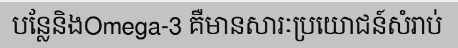
បន្លែនិងOmega-3 គឺមានសារៈប្រយោជន៍សំរាប់